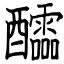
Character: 醽